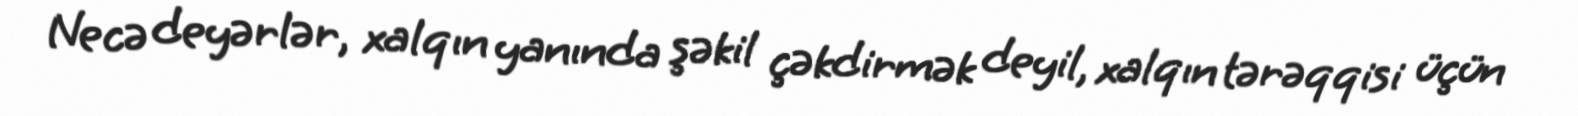
Necə deyərlər, xalqın yanında şəkil çəkdirmək deyil, xalqın tərəqqisi üçün